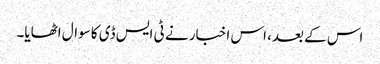
اس کے بعد، اس اخبار نے ٹی ایس ڈی کا سوال اٹھایا۔